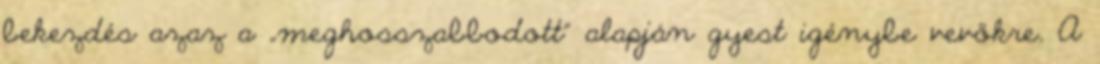
bekezdés azaz a „meghosszabbodott” alapján gyest igénybe vevőkre. A